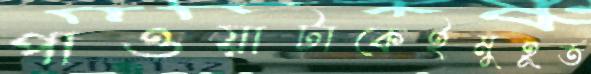
পাওয়াটাকেইমুহূর্ত